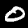
Digit: 0